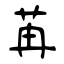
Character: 苒